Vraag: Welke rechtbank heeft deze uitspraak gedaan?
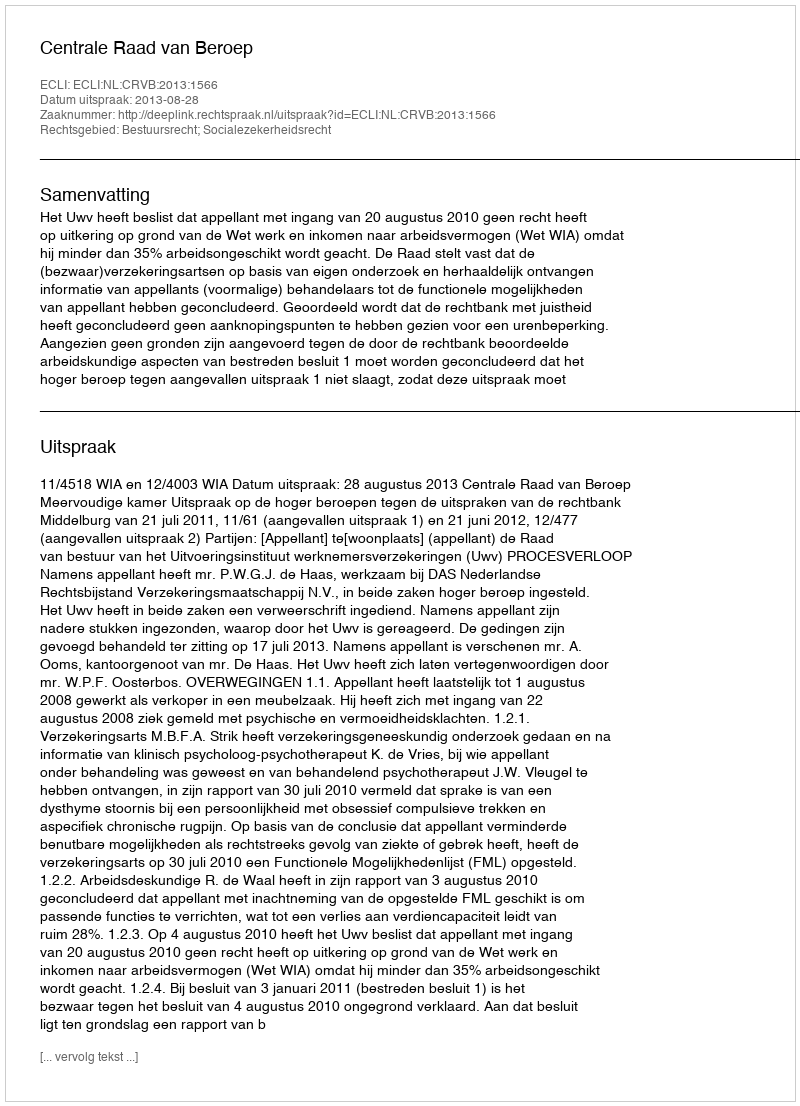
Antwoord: Centrale Raad van Beroep